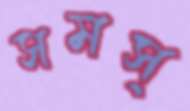
সমস্